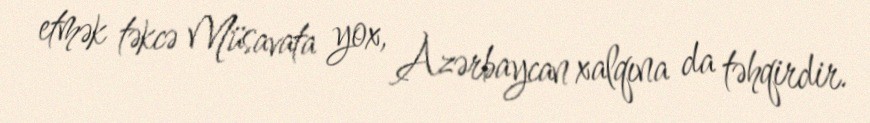
etmək təkcə Müsavata yox, Azərbaycan xalqına da təhqirdir.